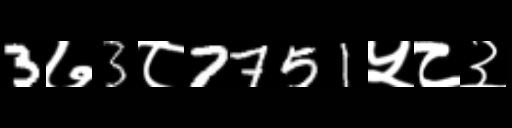
Text: 3७3८7751५८३